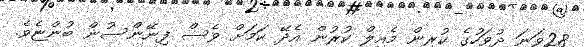
28ވަނަ ދުވަހުގެ ކުރިން މެއިލް ކުރުން އެދޭ ކަމަށް ވެސް ފިނޭންސުން ބުންޏެވެ.